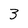
Character: 3